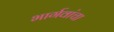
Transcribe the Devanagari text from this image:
भार्गवांचा